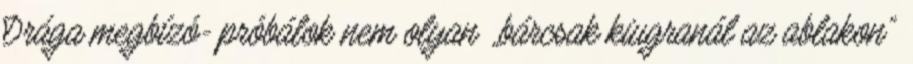
Drága megbízó- próbálok nem olyan „bárcsak kiugranál az ablakon”